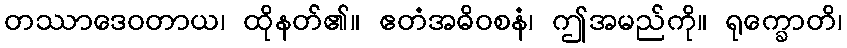
တဿာဒေဝတာယ၊ ထိုနတ်၏။ ဧတံအဓိဝစနံ၊ ဤအမည်ကို။ ရုက္ခောတိ၊